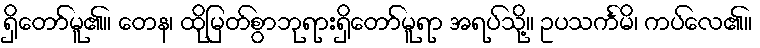
ရှိတော်မူ၏။ တေန၊ ထိုမြတ်စွာဘုရားရှိတော်မူရာ အရပ်သို့။ ဥပသင်္ကမိ၊ ကပ်လေ၏။